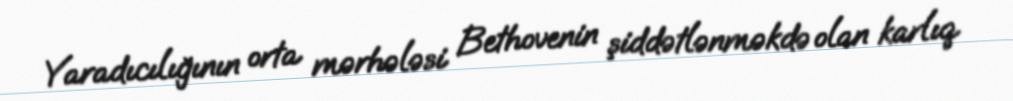
Yaradıcılığının orta mərhələsi Bethovenin şiddətlənməkdə olan karlıq